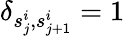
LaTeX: \delta_{s_{j}^{i},s_{j+1}^{i}}=1